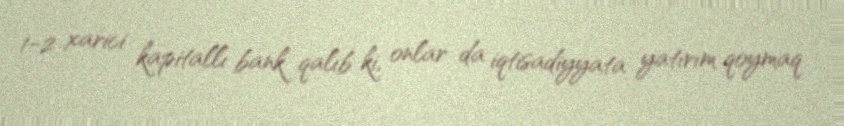
1-2 xarici kapitallı bank qalıb ki, onlar da iqtisadiyyata yatırım qoymaq